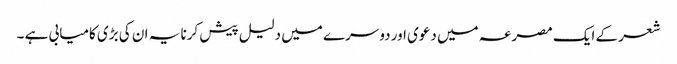
شعر کے ایک مصرعہ میں دعوی اور دوسرے میں دلیل پیش کرنا یہ ان کی بڑی کامیابی ہے ۔